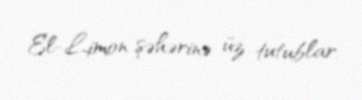
El-Limon şəhərinə üz tutublar.